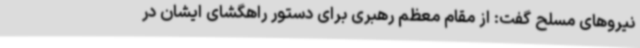
نیروهای مسلح گفت: از مقام معظم رهبری برای دستور راهگشای ایشان در